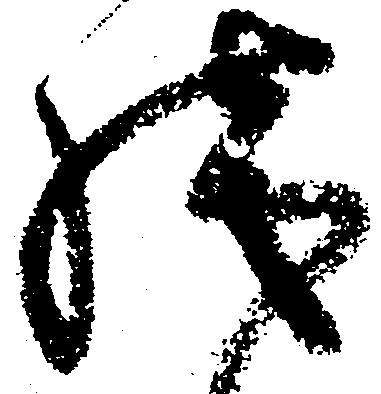
残